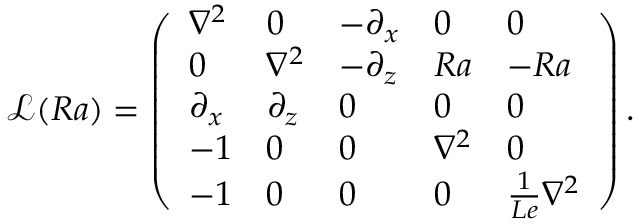
\mathcal { L } ( R a ) = \left( \begin{array} { l l l l l } { \nabla ^ { 2 } } & { 0 } & { - \partial _ { x } } & { 0 } & { 0 } \\ { 0 } & { \nabla ^ { 2 } } & { - \partial _ { z } } & { R a } & { - R a } \\ { \partial _ { x } } & { \partial _ { z } } & { 0 } & { 0 } & { 0 } \\ { - 1 } & { 0 } & { 0 } & { \nabla ^ { 2 } } & { 0 } \\ { - 1 } & { 0 } & { 0 } & { 0 } & { \frac { 1 } { L e } \nabla ^ { 2 } } \end{array} \right) .